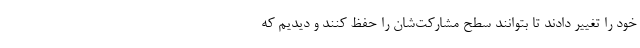
خود را تغییر دادند تا بتوانند سطح مشارکت‌شان را حفظ کنند و دیدیم که